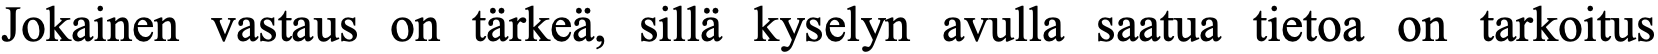
Jokainen vastaus on tärkeä, sillä kyselyn avulla saatua tietoa on tarkoitus